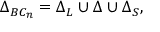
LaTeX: \Delta _ { B C _ { n } } = \Delta _ { L } \cup \Delta \cup \Delta _ { S } ,